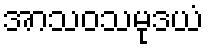
အာသဝသမုဒယံ